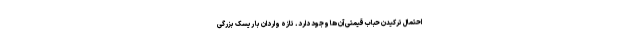
احتمال ترکیدن حباب قیمتی آن ها وجود دارد. تازه واردان با ریسک بزرگی